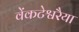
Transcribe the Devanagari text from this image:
वेंकटेश्वरैया